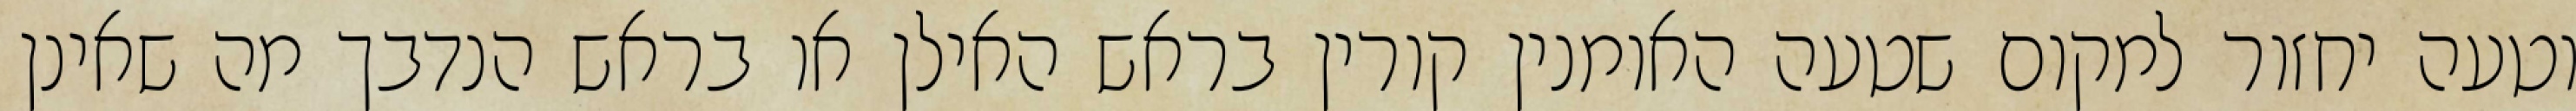
וטעה יחזור למקום שטעה האומנין קורין בראש האילן או בראש הנדבך מה שאינן